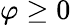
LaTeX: \varphi\ge 0